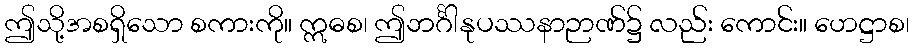
ဤသို့အစရှိသော စကားကို။ ဣဓစ၊ ဤဘင်္ဂါနုပဿနာဉာဏ်၌ လည်း ကောင်း။ ဟေဋ္ဌာစ၊